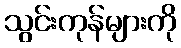
သွင်းကုန်များကို